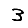
Digit: 3